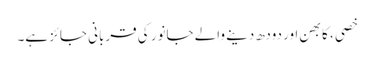
خصی ، کابھن اور دودھ دینے والے جانور کی قربانی جائز ہے۔